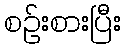
စဉ်းစားပြီး